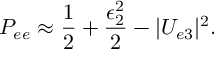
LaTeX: P _ { e e } \approx \frac { 1 } { 2 } + \frac { \epsilon _ { 2 } ^ { 2 } } { 2 } - | U _ { e 3 } | ^ { 2 } .